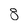
Character: 8